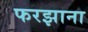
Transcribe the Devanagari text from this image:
फरझाना